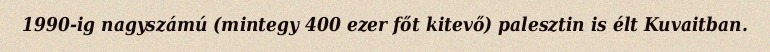
1990-ig nagyszámú (mintegy 400 ezer főt kitevő) palesztin is élt Kuvaitban.